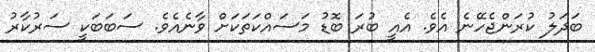
ބަދަލު ކުރަންޖެހޭނެ އެވެ. އެއީ ބުރަ ބޮޑު މަސައްކަތަކަށް ވާނެއެވެ. ސަބަބަކީ ސަރުކާރު